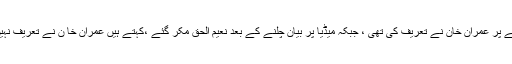
پہلے ویڈیو بیان میں نعیم الحق کا کہنا تھا کہ دانیال عزیز کو تھپڑ مارنے پر عمران خان نے تعریف کی تھی ، جبکہ میڈیا پر بیان چلنے کے بعد نعیم الحق مکر گئے ،کہتے ہیں عمران خا ن نے تعریف نہیں کی ، مذمت کی ہے ، مزید بولے کہ عمران خان تشدد کے خلاف ہیں۔